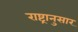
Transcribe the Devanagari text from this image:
राष्ट्रानुसार